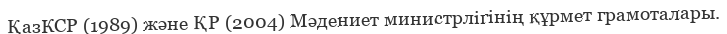
ҚазКСР (1989) және ҚР (2004) Мәдениет министрлігінің құрмет грамоталары.